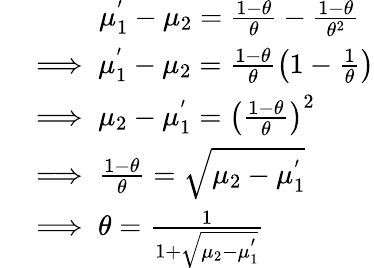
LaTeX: \begin{array}{rl}&{\quad\quad\, \, \, \mu_{1}^{'}-\mu_{2}=\frac{1-\theta}{\theta}-\frac{1-\theta}{\theta^{2}}}\\ &{\implies\mu_{1}^{'}-\mu_{2}=\frac{1-\theta}{\theta}\left(1-\frac{1}{\theta}\right)}\\ &{\implies\mu_{2}-\mu_{1}^{'}=\left(\frac{1-\theta}{\theta}\right)^{2}}\\ &{\implies\frac{1-\theta}{\theta}=\sqrt{\mu_{2}-\mu_{1}^{'}}}\\ &{\implies\theta=\frac{1}{1+\sqrt{\mu_{2}-\mu_{1}^{'}}}}\end{array}